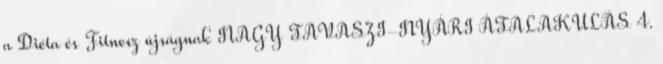
a Diéta és Fitnesz újságnak NAGY TAVASZI-NYÁRI ÁTALAKULÁS 4.